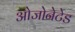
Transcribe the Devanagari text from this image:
ओजोनेटेड